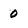
Character: 0